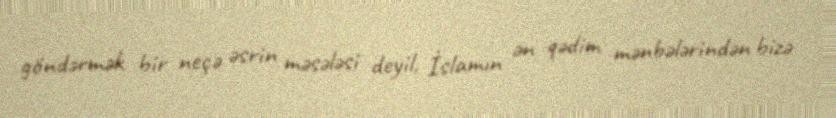
göndərmək bir neçə əsrin məsələsi deyil, İslamın ən qədim mənbələrindən bizə